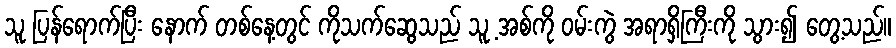
သူ ပြန်ရောက်ပြီး နောက် တစ်နေ့တွင် ကိုသက်ဆွေသည် သူ့ အစ်ကို ဝမ်းကွဲ အရာရှိကြီးကို သွား၍ တွေ့သည်။